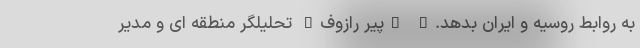
به روابط روسیه و ایران بدهد." "پیر رازوف" تحلیلگر منطقه ای و مدیر